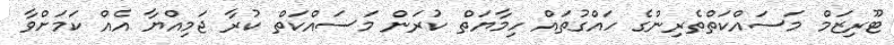
ޓޫރިޒަމް މަސައްކަތްތެރިންގެ ހައްގުތައް ހިމާޔަތް ކުރަން މަސައްކަތް ކުރާ ޖަމިއްޔާ އެއް ކަމަށްވާ